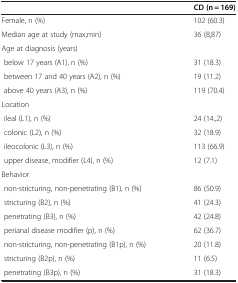
|  | CD (n = 169) |
 | --- | --- |
 | Female, n (%) | 102 (60.3) |
 | Median age at study (max,min) | 36 (8,87) |
 | <COLSPAN=2> Age at diagnosis (years) |
 | below 17 years (A1), n (%) | 31 (18.3) |
 | between 17 and 40 years (A2), n (%) | 19 (11.2) |
 | above 40 years (A3), n (%) | 119 (70.4) |
 | <COLSPAN=2> Location |
 | ileal (L1), n (%) | 24 (14.,2) |
 | colonic (L2), n (%) | 32 (18.9) |
 | ileocolonic (L3), n (%) | 113 (66.9) |
 | upper disease, modifier (L4), n (%) | 12 (7.1) |
 | <COLSPAN=2> Behavior |
 | non-stricturing, non-penetrating (B1), n (%) | 86 (50.9) |
 | stricturing (B2), n (%) | 41 (24.3) |
 | penetrating (B3), n (%) | 42 (24.8) |
 | perianal disease modifier (p), n (%) | 62 (36.7) |
 | non-stricturing, non-penetrating (B1p), n (%) | 20 (11.8) |
 | stricturing (B2p), n (%) | 11 (6.5) |
 | penetrating (B3p), n (%) | 31 (18.3) |